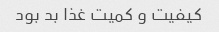
کیفیت و کمیت غذا بد بود